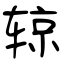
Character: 辌